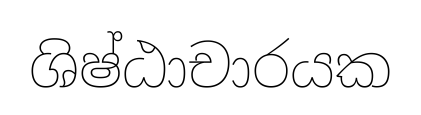
ශිෂ්ඨාචාරයක